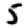
Digit: 5